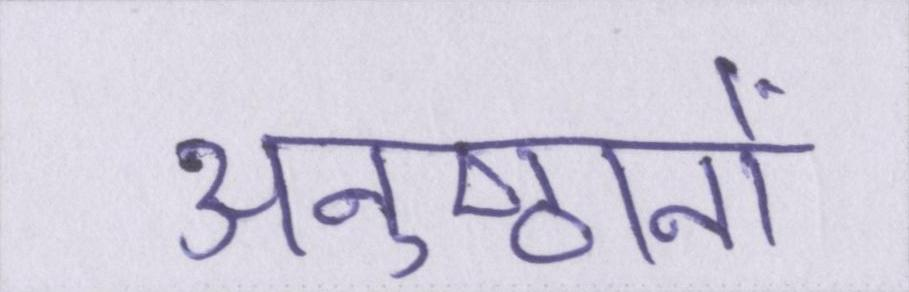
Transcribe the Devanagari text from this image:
अनुष्ठानों